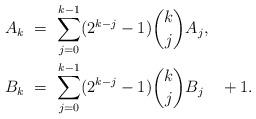
LaTeX: \begin{align*} A_k \ &= \ \sum_{j=0}^{k-1} (2^{k-j} - 1) \binom{k}{j}A_j, \\ B_k \ &= \ \sum_{j=0}^{k-1} (2^{k-j} - 1) \binom{k}{j}B_j \ \ \ + 1. \end{align*}